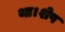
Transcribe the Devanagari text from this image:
था।शेष